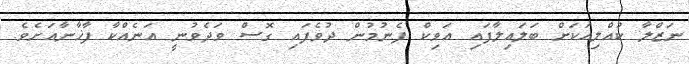
ނަޒްލާ ކުއްލިއަކަށް ބަލައިލާފައި އަވިކް ފެނުމުން ދުވެފައި ގޮސް ވަދެވުނީ އަނެއްކާ ފާޚާނާއަށެވެ.